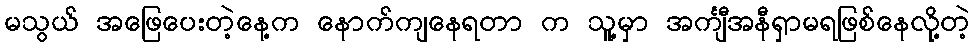
မသွယ် အဖြေပေးတဲ့နေ့က နောက်ကျနေရတာ က သူ့မှာ အင်္ကျီအနီရှာမရဖြစ်နေလို့တဲ့